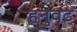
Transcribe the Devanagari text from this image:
हनुवट